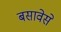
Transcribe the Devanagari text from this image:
बसावेसे